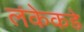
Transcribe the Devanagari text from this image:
लंकेकडे